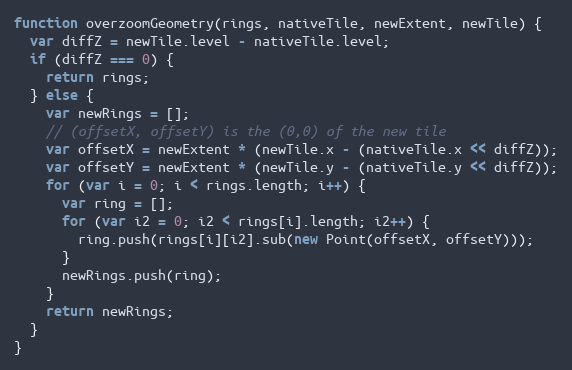
Language: JavaScript
function overzoomGeometry(rings, nativeTile, newExtent, newTile) {
  var diffZ = newTile.level - nativeTile.level;
  if (diffZ === 0) {
    return rings;
  } else {
    var newRings = [];
    // (offsetX, offsetY) is the (0,0) of the new tile
    var offsetX = newExtent * (newTile.x - (nativeTile.x << diffZ));
    var offsetY = newExtent * (newTile.y - (nativeTile.y << diffZ));
    for (var i = 0; i < rings.length; i++) {
      var ring = [];
      for (var i2 = 0; i2 < rings[i].length; i2++) {
        ring.push(rings[i][i2].sub(new Point(offsetX, offsetY)));
      }
      newRings.push(ring);
    }
    return newRings;
  }
}